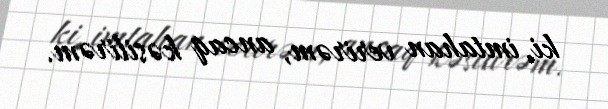
ki, imtahan verirəm, ancaq kəsilirəm.